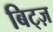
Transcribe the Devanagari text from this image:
बिट्ज़